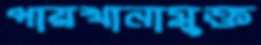
পায়খানামুক্ত